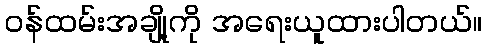
ဝန်ထမ်းအချို့ကို အရေးယူထားပါတယ်။